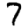
Digit: 7